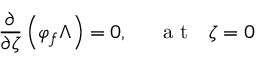
\frac { \partial } { \partial \zeta } \left( \varphi _ { f } \Lambda \right) = 0 , ~ ~ ~ ~ \mathrm { ~ a ~ t ~ } ~ ~ \zeta = 0